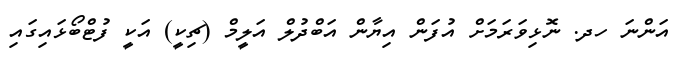
އަންނަ ހދ. ނޮޅިވަރަމަށް އުފަން އިޔާން އަބްދުލް އަލީމް (ޗިކީ) އަކީ ފުޓްބޯޅައިގައި